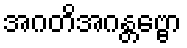
အဂတိအဂန္တဗ္ဗော